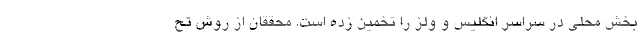
بخش محلی در سراسر انگلیس و ولز را تخمین زده است. محققان از روش تح